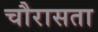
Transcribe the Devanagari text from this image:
चौरासता